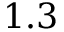
1 . 3